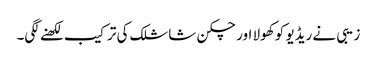
زیبی نے ریڈیو کو کھولا اور چکن شاشلک کی ترکیب لکھنے لگی۔